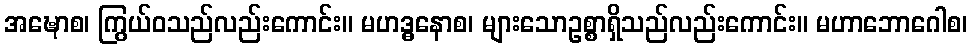
အဍ္ဎောစ၊ ကြွယ်ဝသည်လည်းကောင်း။ မဟဒ္ဓနောစ၊ များသောဥစ္စာရှိသည်လည်းကောင်း။ မဟာဘောဂေါစ၊